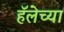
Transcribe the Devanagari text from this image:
हॅलेच्या